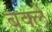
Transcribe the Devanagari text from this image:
बर्क्ले